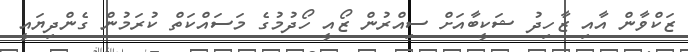
ޒަކްވާން އާއި ޒާހިދު ޝަކީބާއަށް ސިއްރުން ޒޯއީ ހޯދުމުގެ މަސައްކަތް ކުރަމުން ގެންދިޔައީ